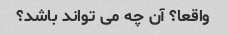
واقعا؟ آن چه می تواند باشد؟